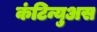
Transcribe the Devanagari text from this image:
कंटिन्युअस